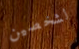
لشخصين